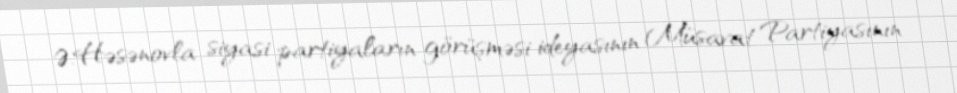
Ə.Həsənovla siyasi partiyaların görüşməsi ideyasının Müsavat Partiyasının